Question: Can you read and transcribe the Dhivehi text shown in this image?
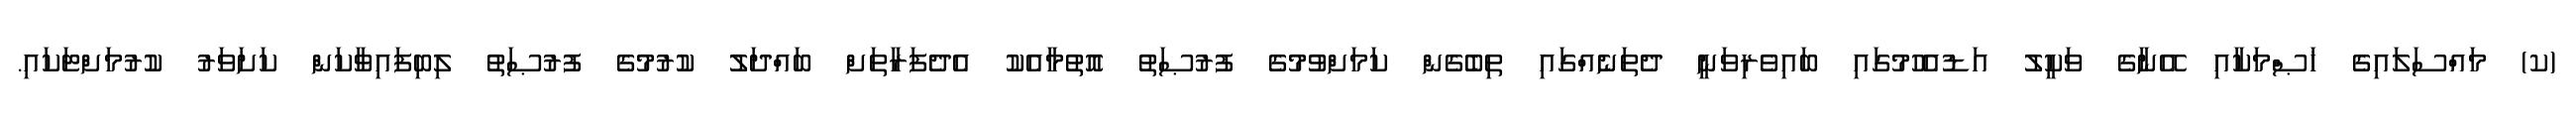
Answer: (ކ) މައްސަލައިގެ ޚަޞްމަކާއި އޭނާގެ ވަކީލު އަޑުއެހުމުގައި ބައިވެރިވަނީ ދެތަނެއްގައި ތިބެގެން ކަމަށްވުމުގެ ފުރުޞަތު އޮތުމާއެކު އެދެފަރާތަށް ބައްދަލު ކުރުމުގެ ފުރުޞަތު ލިބިފައިވާކަން ކަށަވަރު ކުރުމަށްޓަކައި.